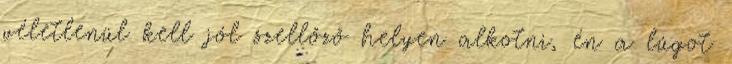
véletlenül kell jól szellőző helyen alkotni, én a lúgot